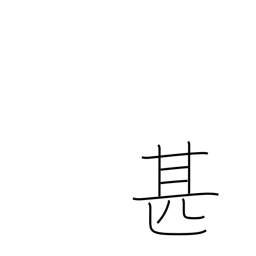
Meaning: very